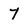
Character: 7